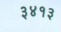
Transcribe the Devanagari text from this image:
३४१३